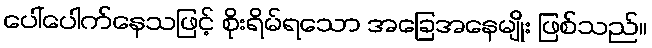
ပေါ်ပေါက်နေသဖြင့် စိုးရိမ်ရသော အခြေအနေမျိုး ဖြစ်သည်။